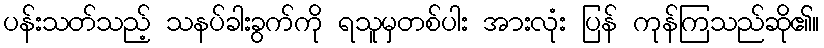
ပန်းသတ်သည့် သနပ်ခါးခွက်ကို ရသူမှတစ်ပါး အားလုံး ပြန် ကုန်ကြသည်ဆို၏။